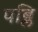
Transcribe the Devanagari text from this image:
पब्लि